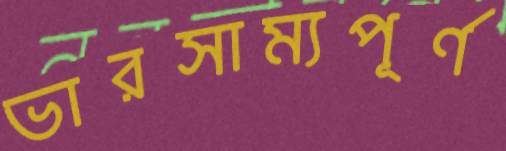
ভারসাম্যপূর্ণ